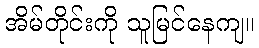
အိမ်တိုင်းကို သူမြင်နေကျ။